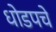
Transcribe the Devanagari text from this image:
धोडपचे